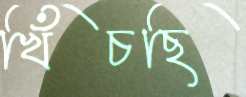
খিঁচছি